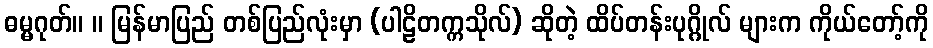
ဓမ္မဂုတ်။ ။ မြန်မာပြည် တစ်ပြည်လုံးမှာ (ပါဠိတက္ကသိုလ်) ဆိုတဲ့ ထိပ်တန်းပုဂ္ဂိုလ် များက ကိုယ်တော့်ကို